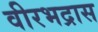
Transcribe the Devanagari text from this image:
वीरभद्रास